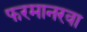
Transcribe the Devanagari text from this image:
फरमानरवा